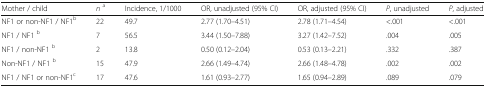
| Mother / child | na | Incidence, 1/1000 | OR, unadjusted (95% CI) | OR, adjusted (95% CI) | P, unadjusted | P, adjusted |
 | --- | --- | --- | --- | --- | --- | --- |
 | NF1 or non-NF1 / NF1b | 22 | 49.7 | 2.77 (1.70–4.51) | 2.78 (1.71–4.54) | <.001 | <.001 |
 | NF1 / NF1 b | 7 | 56.5 | 3.44 (1.50–7.88) | 3.27 (1.42–7.52) | .004 | .005 |
 | NF1 / non-NF1 b | 2 | 13.8 | 0.50 (0.12–2.04) | 0.53 (0.13–2.21) | .332 | .387 |
 | Non-NF1 / NF1 b | 15 | 47.9 | 2.66 (1.49–4.74) | 2.66 (1.48–4.78) | .002 | .002 |
 | NF1 / NF1 or non-NF1c | 17 | 47.6 | 1.61 (0.93–2.77) | 1.65 (0.94–2.89) | .089 | .079 |